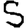
Digit: 5